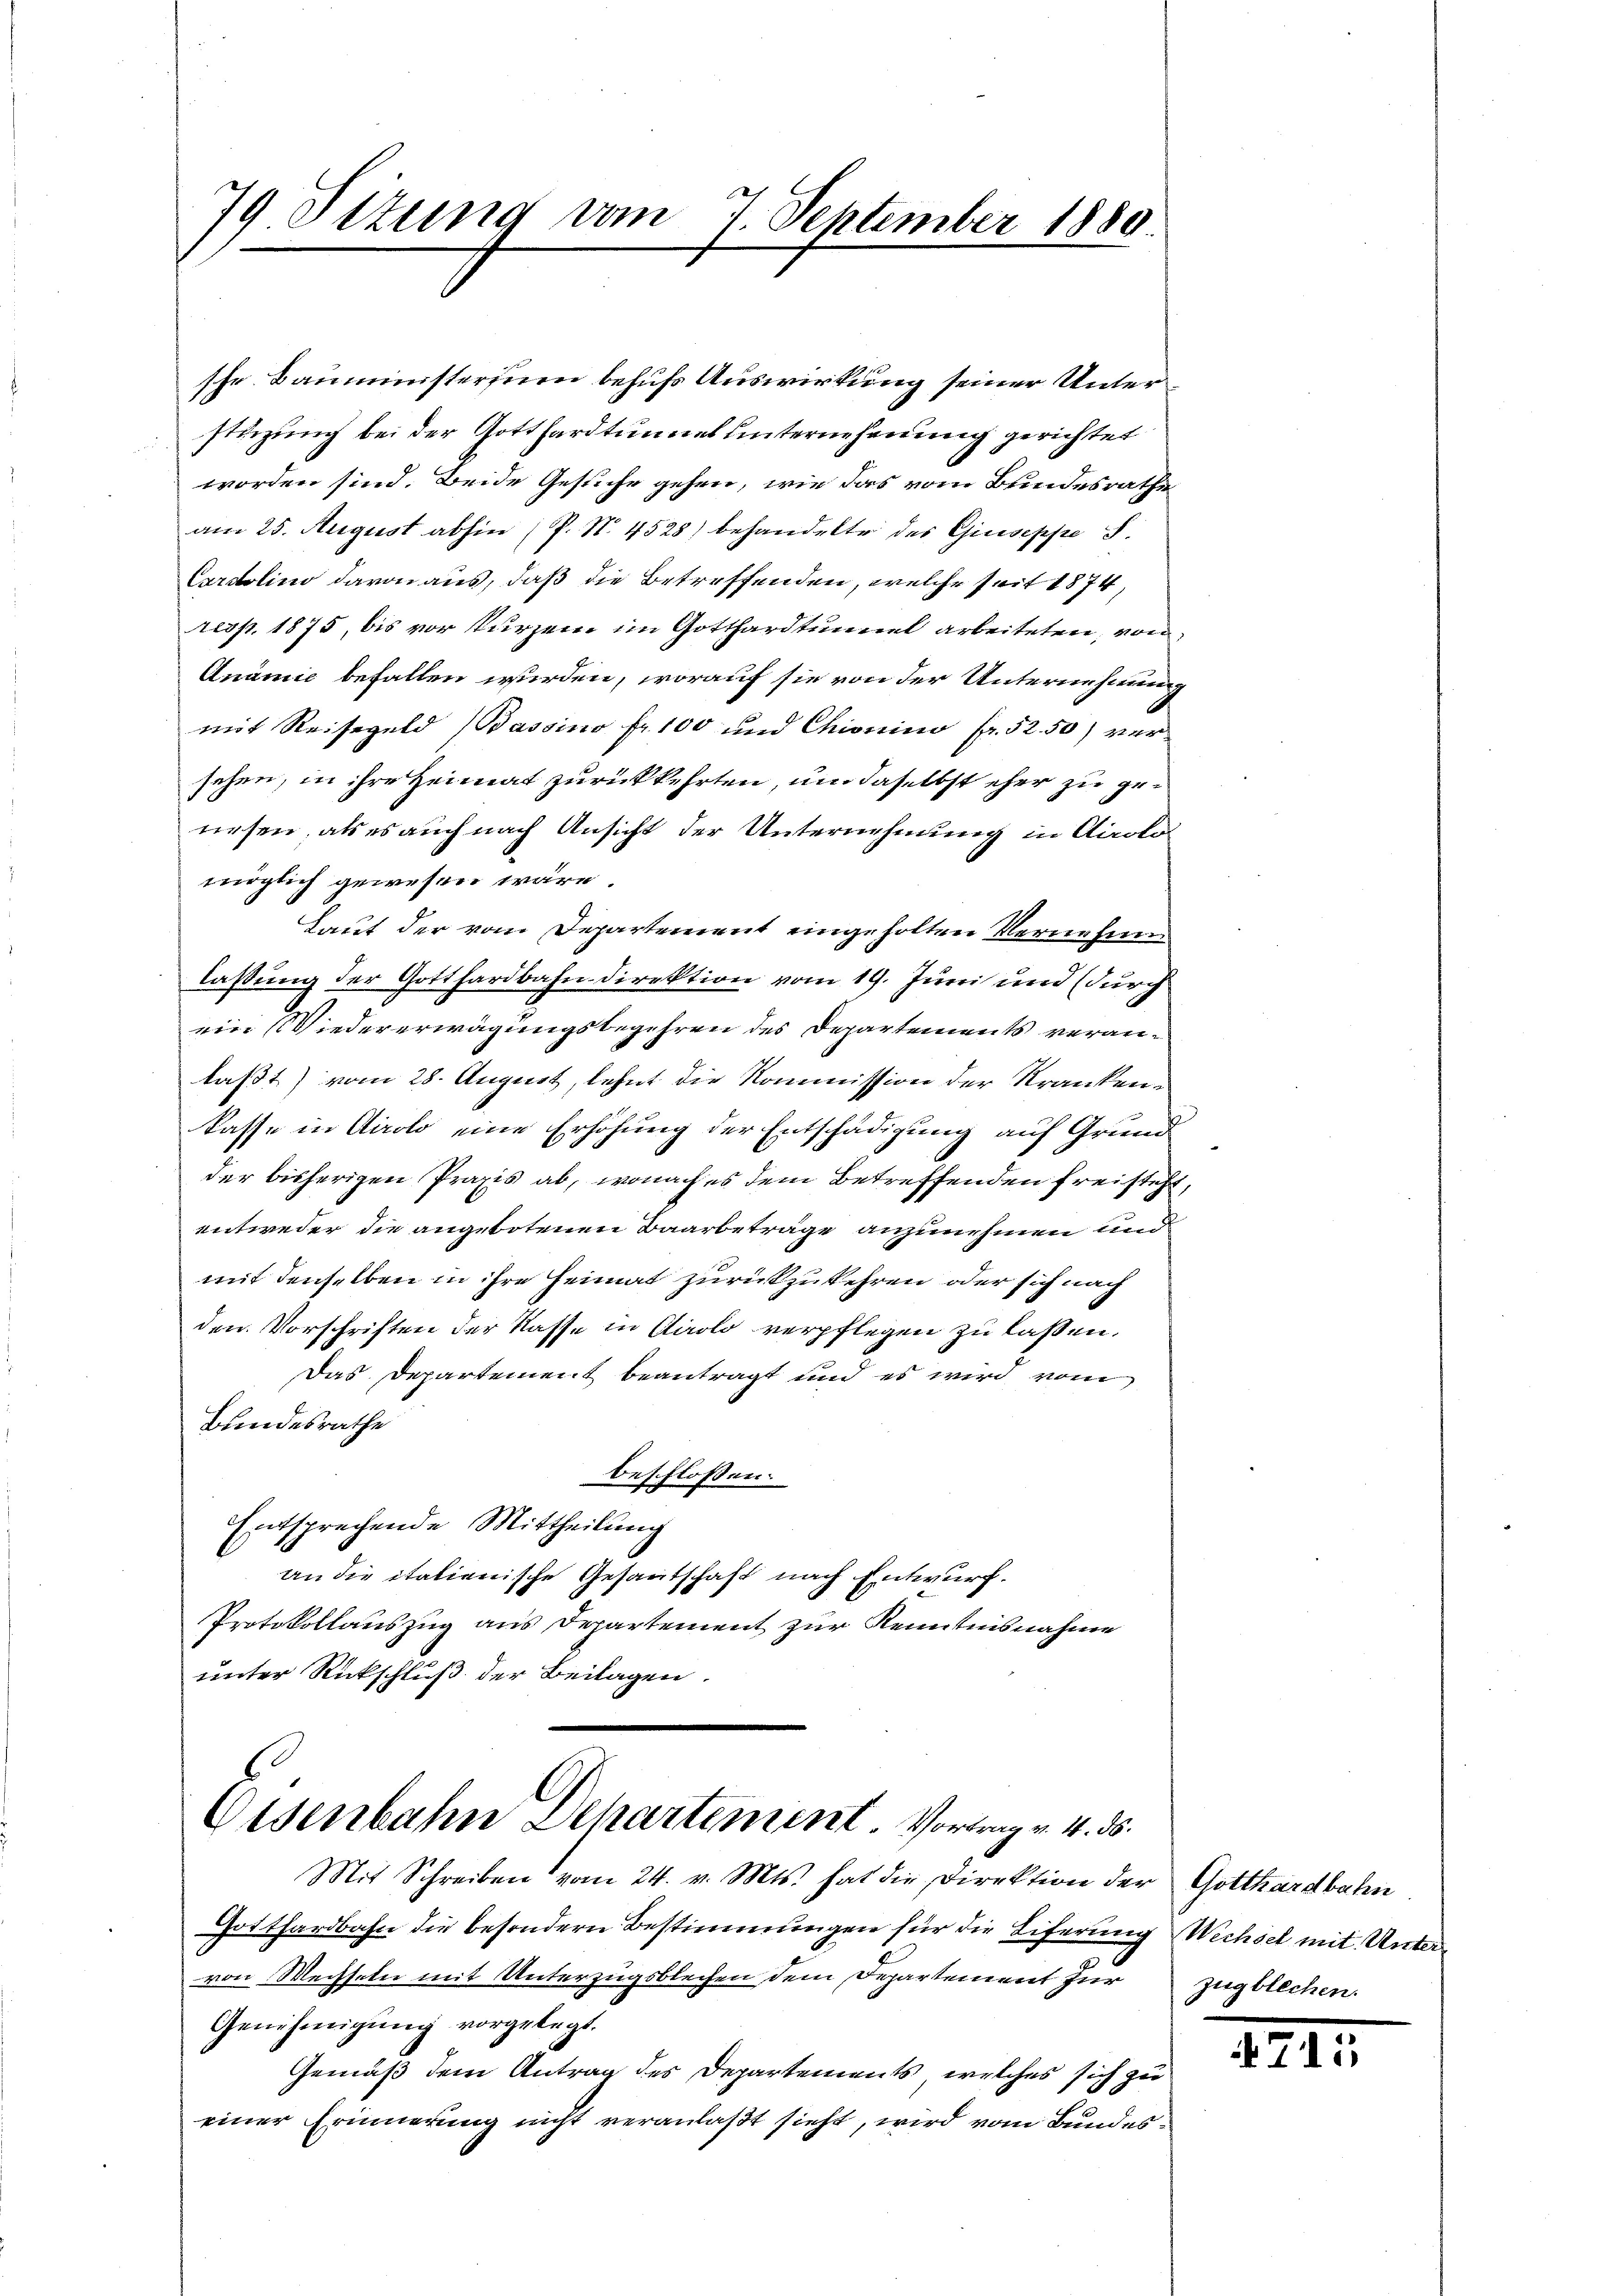
79 Pitung vom 7 September 1880.

sche Bauministerium behufs Auswirkung seiner Unterstürzung bei der Gotthardtunnel unternehmung gerichtet
worden sind. Beide Gesuche gehen, wie das vom Bundesrathe
am 25. August abhin (P. N. 4528) behandelte des Giuseppe S.
Cordolino davon aus, daß die Betreffenden, welche seit 1874,
resp. 1875, bis vor kurzem im Gotthardtunnel arbeiteten, von
Anämie befallen wurden, worauf sie von der Unternehmung
mit Reisegeld Bassino fr. 100 und Chionino fr. 52. 50) versehen, in ihre Heimat zurückkehrten, um daselbst eher zu genesen, als es auch nach Ansicht der Unternehmung in Airolo
möglich gewesen wäre.
Laut der vom Departement eingeholten Vernehmen
lassung der Gotthardbahndirektion vom 19. Juni und (durch
ein Wiedererwägungsbegehren des Departements veranlaßt) vom 28. August, lehnt die Kommission der Krankenkasse in Airolo eine Erhöhung der Entschädigung auf Grund
der bisherigen Praxis ab, wonach es dem Betreffenden freisteht,
entweder die angebotenen Baarbeträge anzunehmen und
mit denselben in ihre Heimat zurückzukehren oder sich nach
den Vorschriften der Kasse in Carolo verpflegen zu laßen.
Das Departement beantragt und es wird vom
Bundesrathe
beschlossen:
Entsprechende Mittheilung
an die italienische Gesantschaft nach Entwurf.
Protokollauszug aus Departement zur Kenntnisnahme
unter Rückschluß der Beilagen.
.

G
Eisenbahn Departement. Vortrag v. 4. ds.

Mit Schreiben vom 24. v. Mts. hat die Direktion der Gotthardbahn
Gotthardbahn die besondern Bestimmungen für die Eiferung Wechsel mit Untervon Wechseln mit Unterzugsblechen dem Departement zur
Genehmigŭng vorgelegt.
Gemäß dem Antrag des Departements, welches sich zu
einer Erinnerung nicht veranlaßt sieht, wird vom Bundes¬

zugblechen.

715